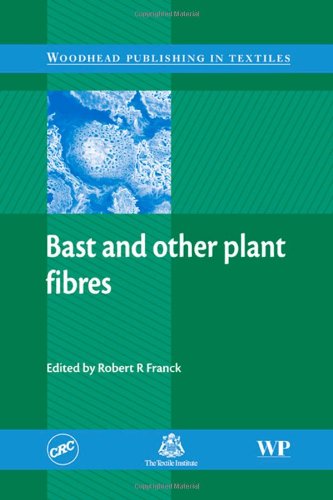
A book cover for Bast and Other Plant Fibres (Woodhead Publishing Series in Textiles); Science & Math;